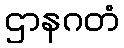
ဌာနဂတံ